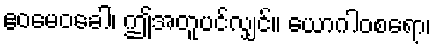
ဧဝမေဝခေါ၊ ဤအတူပင်လျှင်။ ယောဂါဝစရော၊